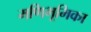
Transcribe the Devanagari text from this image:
मणिभूमिका